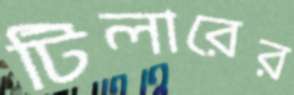
টিলারের